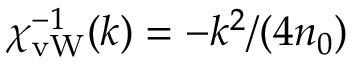
\chi _ { \mathrm { v W } } ^ { - 1 } ( k ) = - k ^ { 2 } / ( 4 n _ { 0 } )